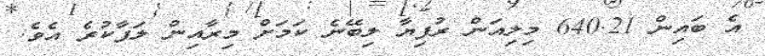
އެ ބައިން 640.21 މިލިއަން ރުފިޔާ ލިބޭނެ ކަމަށް މިރާއިން ލަފާކުރެ އެވެ.